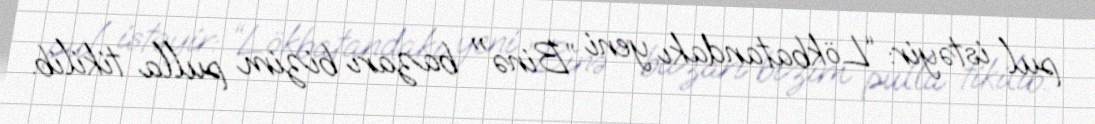
pul istəyir: “Lökbatandakı yeni ”Binə" bazarı bizim pulla tikilib.